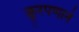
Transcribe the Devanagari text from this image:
क्रूरपणाने